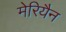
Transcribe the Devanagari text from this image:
मेरियैन